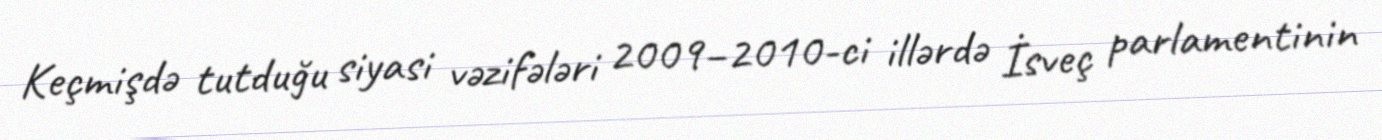
Keçmişdə tutduğu siyasi vəzifələri 2009–2010-ci illərdə İsveç parlamentinin